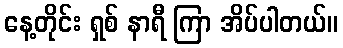
နေ့တိုင်း ရှစ် နာရီ ကြာ အိပ်ပါတယ်။